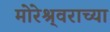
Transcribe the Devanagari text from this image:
मोरेश्र्वराच्या